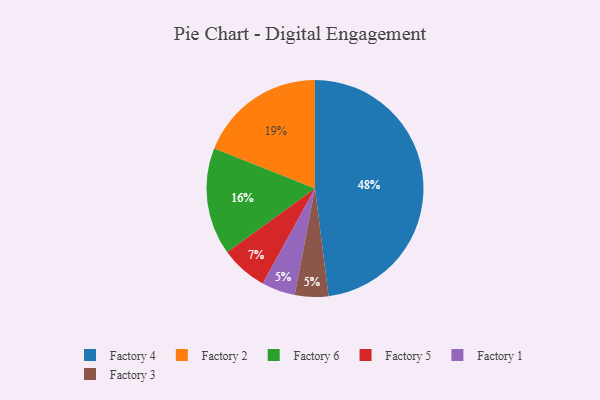
{"axis": {"x": "Category", "y": "Percentage"}, "legend": ["Factory 1", "Factory 2", "Factory 3", "Factory 4", "Factory 5", "Factory 6"], "data": [{"x": "Factory 4", "y": 48, "type": "Factory 4"}, {"x": "Factory 5", "y": 7, "type": "Factory 5"}, {"x": "Factory 1", "y": 5, "type": "Factory 1"}, {"x": "Factory 6", "y": 16, "type": "Factory 6"}, {"x": "Factory 2", "y": 19, "type": "Factory 2"}, {"x": "Factory 3", "y": 5, "type": "Factory 3"}]}